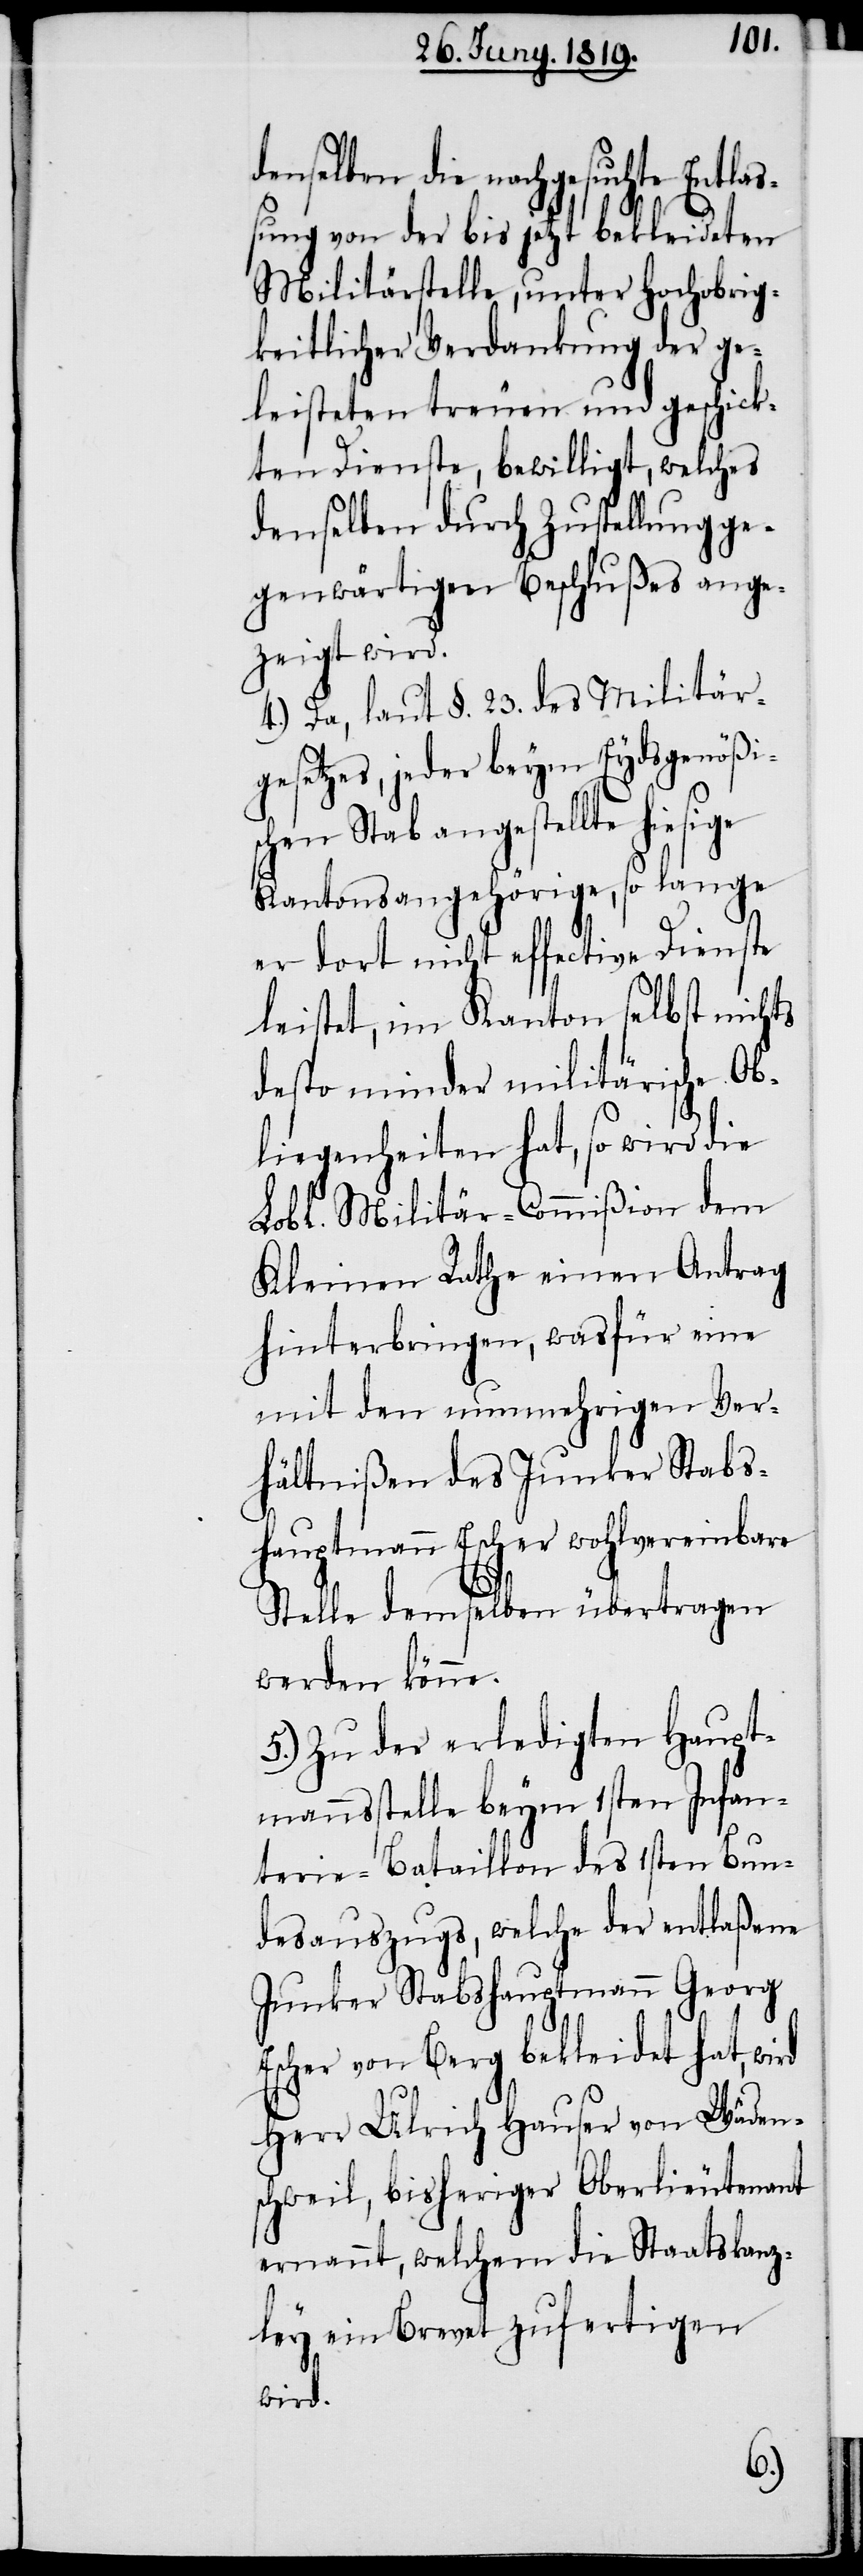
denselben die nachgesuchte Entlas¬
sung von der bis jetzt bekleideten
Militärstelle, unter Hochobrig¬
keitlicher Verdankung der ge¬
leisteten treuen und geschick¬
ten Dienste, bewilligt, welches
denselben durch Zustellung ge¬
genwärtigen Beschlußes ange¬
zeigt wird.
4.) Da, laut §. 23. des Militär¬
gesetzes, jeder beym Eydsgenößi¬
schen Stab angestellte hie¬
Kantonsangehörige, so lange
er dort nicht effective Dienste
leitst, im Kanton selbst nichts
desto minder militärische Ob¬
liegenheiten hat, so wird die
Lobl. Militär-Commißion dem
Kleinen Rathe einen Antrag
hinterbringen, was für eine
mit den nunmehrigen Ver¬
hältnißen des Junker Stabs¬
hauptmann Escher wohlvereinbare
Stelle demselben übertragen
werden könne.
5.) Zu der erledigten Haupt¬
mannsstelle beym 1sten Infan¬
terie-Bataillon des 1sten Bun¬
desauszugs, welche der entlaßene
Junker Stabshauptmann Georg
Escher von Berg bekleidet hat,
Herr Ulrich Hauser von Wäden¬
schweil, bisheriger Oberlieutnenant
ernannt, welchem die Staatskanz¬
ley ein Brevet zufertigen
wird.
sige